Indian journal of veterinary science and animal husbandry - Volumes 15-17, 1948-1951
Year: 1948
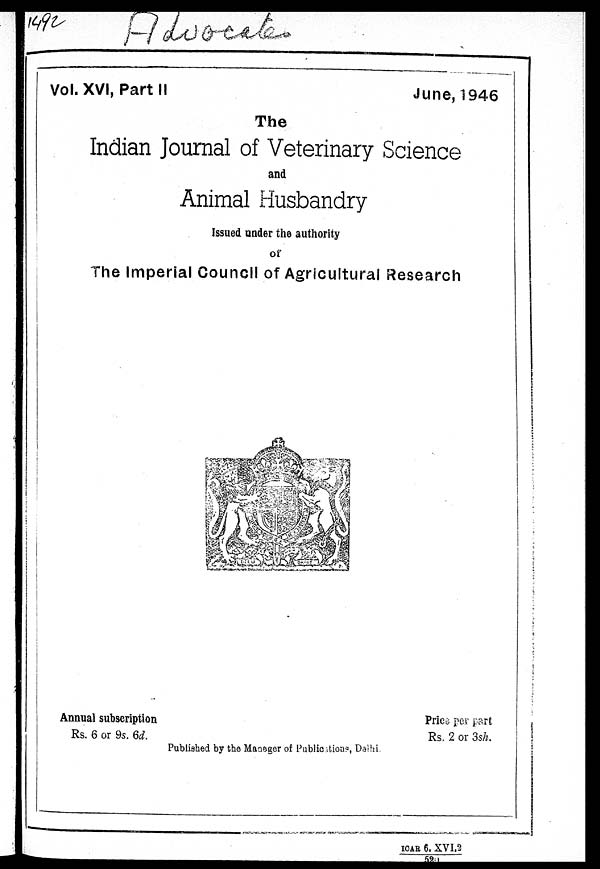
Vol. XVI, Part II
June, 1946
The
Indian Journal of Veterinary Science
and
Animal Husbandry
Issued under the authority
of
The Imperial Council of Agricultural Research
Annual subscription
Rs. 6 or 9s. 6d.
Price per part
Rs. 2 or 3sh.
Published by the Manager of Publications, Delhi.
ICAR 6. XVI.2
523